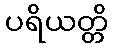
ပရိယတ္တိ